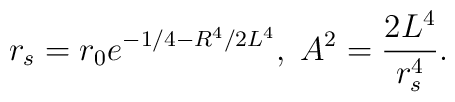
r_s = r_0e^{-1/4-R^4/2L^4}, \; A^2 = {2L^4 \over r_s^4}.